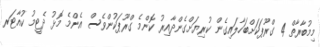
މިމުބާރާތް 4 ގްރޫޕަކަށްބަހާލައިގެން ކުރިޔަށްގެންދާއިރު ކޮންމެ ގްރޫޕަކުންވެސް އެންމެ މޮޅު ދެޓީމު ކުއާޓަރ